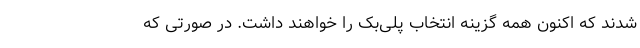
شدند که اکنون همه گزینه انتخاب پلی‌بک را خواهند داشت. در صورتی که